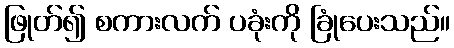
ဖြုတ်၍ စကားလက် ပခုံးကို ခြုံပေးသည်။